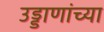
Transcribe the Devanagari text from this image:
उड्डाणांच्या